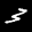
Label: 3